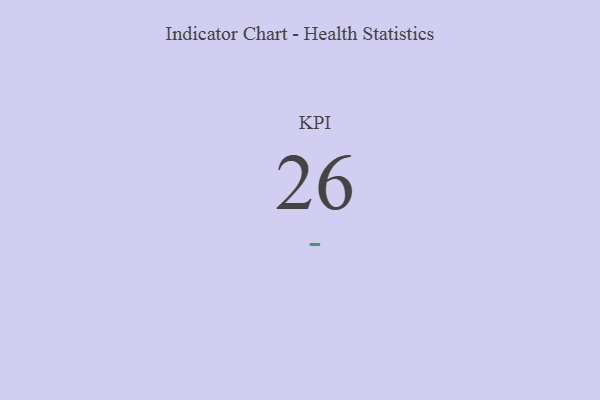
{"axis": {"x": "KPI", "y": "Value"}, "legend": [""], "data": [{"x": "KPI", "y": 26, "type": ""}]}